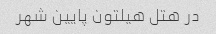
در هتل هیلتون پایین شهر